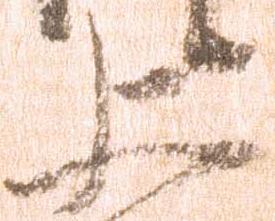
上